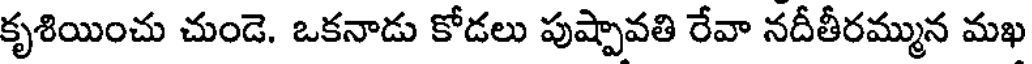
కృశియించు చుండె. ఒకనాడు కోడలు పుష్పావతి రేవా నదీతీరమ్మున మఖ